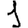
Digit: 1